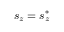
s _ { z } = s _ { z } ^ { * }